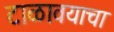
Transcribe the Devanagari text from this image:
टाळावयाचा